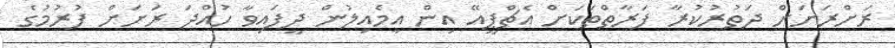
ރަށްރަށަށް ދަތުރުކުރާ ފަރާތްތަކަށް އެޗްޕީއޭ އިން އީމެއިލުން ދީފައިވާ ހުއްދަ ރަށަށް ފުރުމުގެ